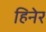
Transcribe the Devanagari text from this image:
हिनेर